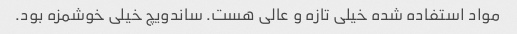
مواد استفاده شده خیلی تازه و عالی هست. ساندویچ خیلی خوشمزه بود.